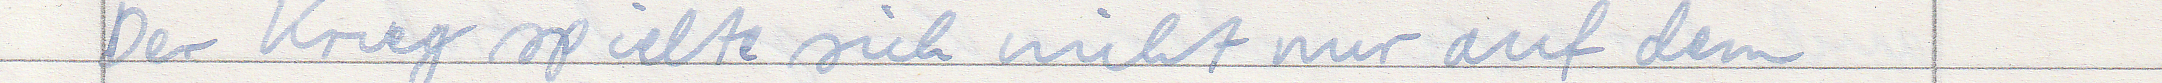
Der Krieg spielte sich nicht nur auf dem